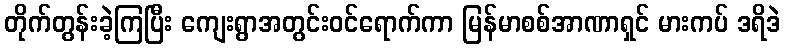
တိုက်တွန်းခဲ့ကြပြီး ကျေးရွာအတွင်းဝင်ရောက်ကာ မြန်မာစစ်အာဏာရှင် မားကပ် ဒရိဒဲ